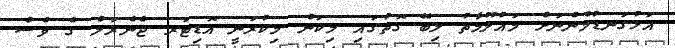
އަޅުގަނޑުމެންނަށް މައުލޫމާތު ލިބޭ ގޮތުގައި މިކަން މިކުރަނީ އޮޑިޓަރ ޖެނެރަލް ގެ ވެސް